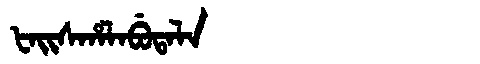
Manchu: ᡶᠠᡳᠰᡥᠠᠯᠠᠪᡠᡨᠠᠯᠠ
Romanization: FAISHALABUTALA